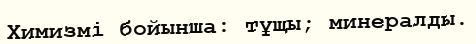
Химизмі бойынша: тұщы; минералды.